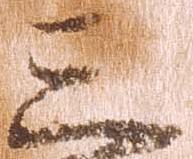
三